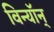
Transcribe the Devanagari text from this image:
विन्यॉन्